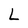
Character: L